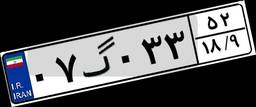
۲۵گ۴۳۷۳۴